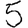
Digit: 5